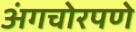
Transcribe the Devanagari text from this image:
अंगचोरपणे